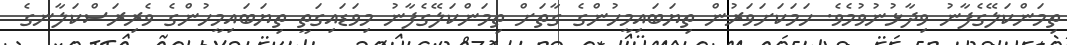
ތިމަންކަލޭގެފާނު ވިދާޅުނުވުމެވެ. ހަމަކަށަވަރުން ތިޔަބައިމީހުންގެ ގާތަށް ތިމަންކަލޭގެފާނު މިވަޑައިގަތީ ތިޔަބައިމީހުންގެ ވެރިރަސްކަލާނގެ